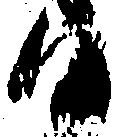
候